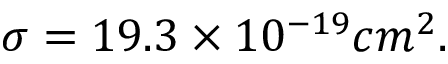
\sigma = 1 9 . 3 \times 1 0 ^ { - 1 9 } c m ^ { 2 } .